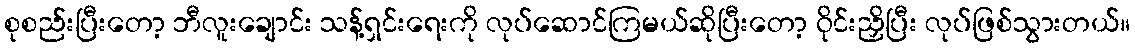
စုစည်းပြီးတော့ ဘီလူးချောင်း သန့်ရှင်းရေးကို လုပ်ဆောင်ကြမယ်ဆိုပြီးတော့ ဝိုင်းညှိပြီး လုပ်ဖြစ်သွားတယ်။